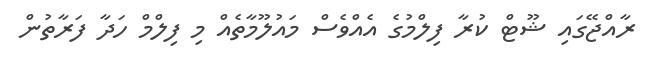
ރާއްޖޭގައި ޝޫޓް ކުރާ ފިލްމުގެ އެއްވެސް މައުލޫމާތެއް މި ފިލްމް ހަދާ ފަރާތުން